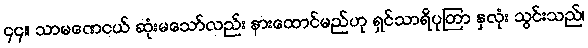
၄၄။ သာမဏေငယ် ဆုံးမသော်လည်း နားထောင်မည်ဟု ရှင်သာရိပုတြာ နှလုံး သွင်းသည်၊